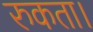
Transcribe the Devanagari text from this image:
रुकता।